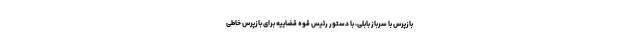
بازپرس با سرباز بابلی، با دستور رئیس قوه قضاییه برای بازپرس خاطی